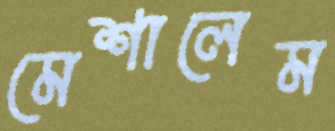
মেশালেম